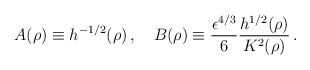
LaTeX: \begin{align*}A(\rho)\equiv h^{-1/2}(\rho)\,,\quad B(\rho)\equiv \frac{\epsilon^{4/3}}{6} \frac{h^{1/2}(\rho)}{K^2(\rho)}\,.\end{align*}